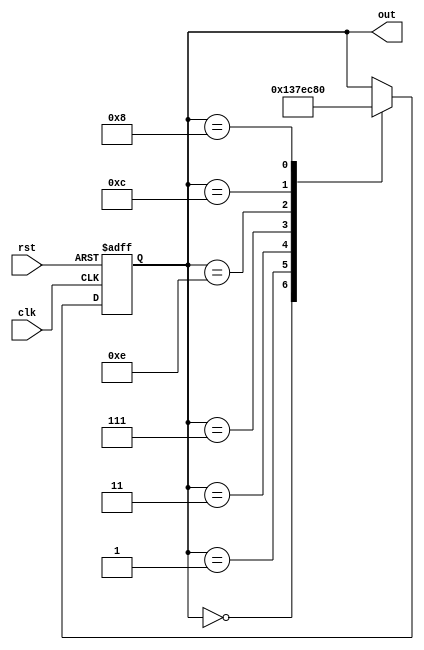
module johnson_counter_clock_divider (
    input wire clk,
    input wire rst,
    output reg [3:0] out
);

reg [3:0] state;

always @(posedge clk or posedge rst) begin
    if (rst) begin
        state <= 4'b0000;
    end else begin
        case(state)
            4'b0000: state <= 4'b0001;
            4'b0001: state <= 4'b0011;
            4'b0011: state <= 4'b0111;
            4'b0111: state <= 4'b1110;
            4'b1110: state <= 4'b1100;
            4'b1100: state <= 4'b1000;
            4'b1000: state <= 4'b0000;
        endcase
    end
end

assign out = state;

endmodule